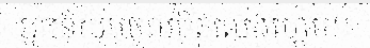
អ្នកនិយមចូលចិត្តលេងហ្គេម។